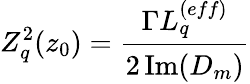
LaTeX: Z_{q}^{2}(z_{0})=\cfrac{\Gamma L_{q}^{(eff)}}{2\operatorname{Im}(D_{m})}